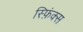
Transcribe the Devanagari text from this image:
स्फ़िंक्स